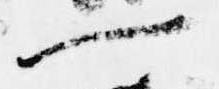
一